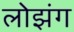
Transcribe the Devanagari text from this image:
लोझंग